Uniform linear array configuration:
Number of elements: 32
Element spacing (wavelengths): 0.5
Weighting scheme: kaiser
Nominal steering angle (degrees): -15
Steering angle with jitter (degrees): -16.992
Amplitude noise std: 0.05
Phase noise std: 0.05

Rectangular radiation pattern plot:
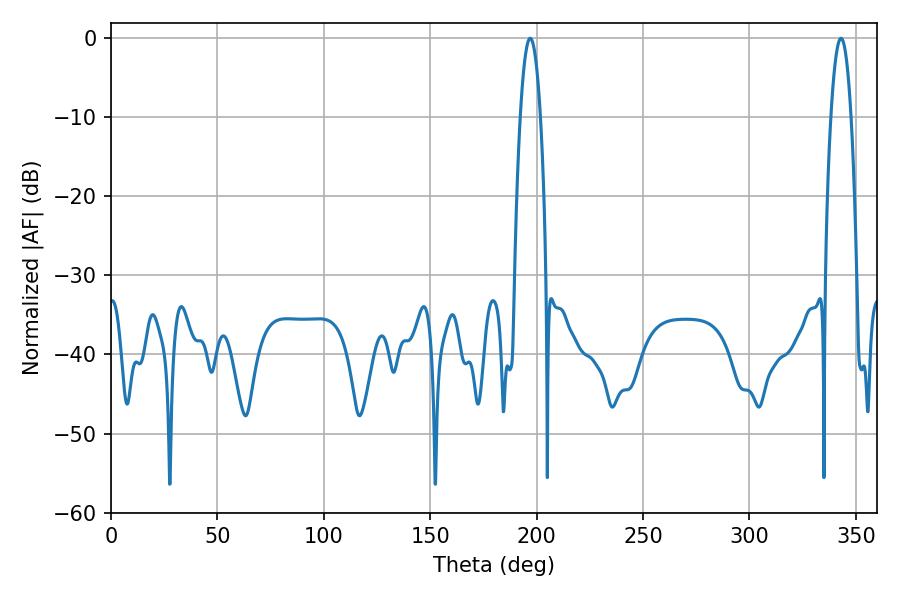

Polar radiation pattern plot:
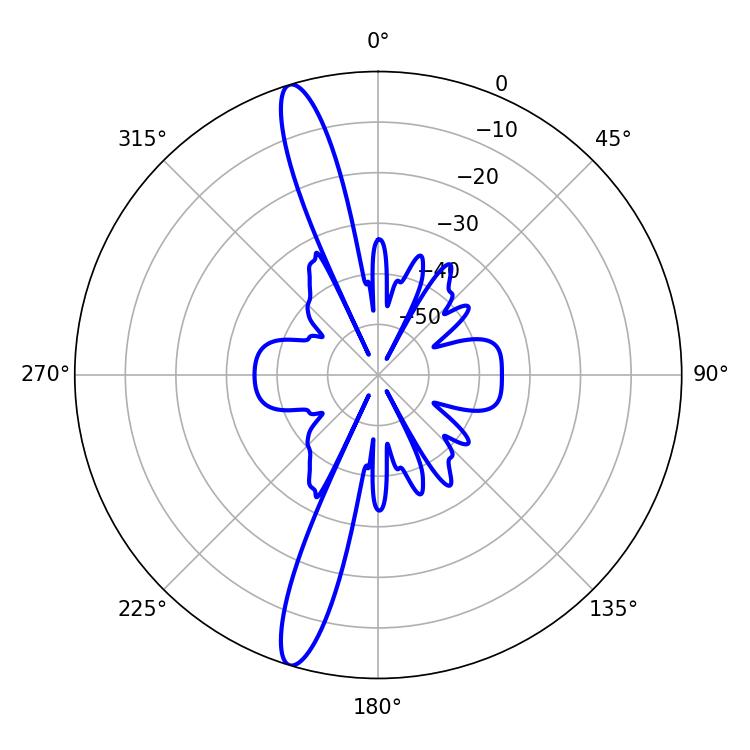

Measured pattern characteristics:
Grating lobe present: FALSE
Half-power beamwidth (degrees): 5.22
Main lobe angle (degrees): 196.92